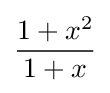
{\frac {1+x^{2}}{1+x}}